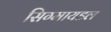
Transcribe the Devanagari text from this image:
सिग्मायडल